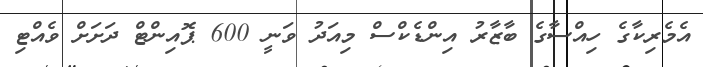
އެމެރިކާގެ ހިއްސާގެ ބާޒާރު އިންޑެކްސް މިއަދު ވަނީ 600 ޕޮއިންޓް ދަށަށް ވެއްޓި